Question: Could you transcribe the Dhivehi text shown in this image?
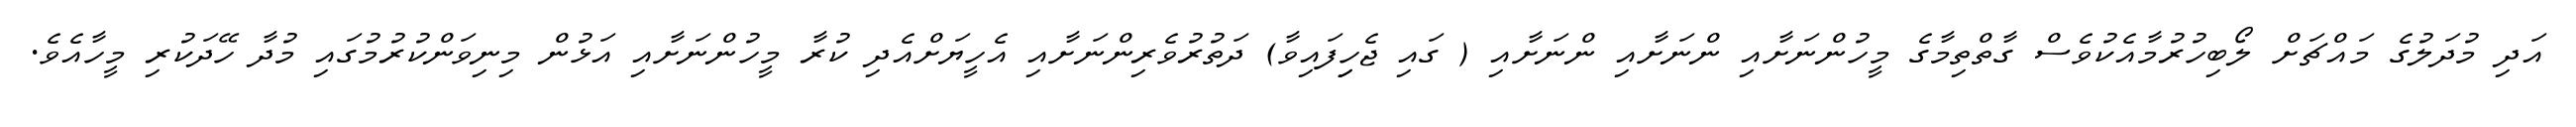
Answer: އަދި މުދަލުގެ މައްޗަށް ލޯބިހުރުމާއެކުވެސް ގާތްތިމާގެ މީހުންނަށާއި ންނަށާއި ންނަށާއި ( ގައި ޖެހިިފައިވާ) ދަތުރުވެރިންނަށާއި އެހީޔަށްއެދި ކުރާ މީހުންނަށާއި އަޅުން މިނިވަންކުރުމުގައި މުދާ ހޭދަކުރި މީހާއެވެ.